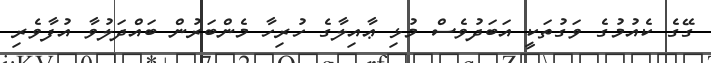
ގޭގެ ކެއުމުގެ ވަގުތަކީ އަބަދުވެސް މުޅި ޢާއިލާގެ ހުރިހާ މެންބަރުން ބައްދަލުވާ އުފާވެރި